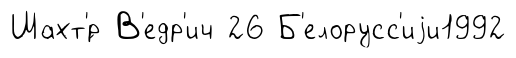
Шахт'́р В'едр'ич 26 Б'елорусс'иjи1992